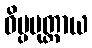
ဝိပ္ပမုတ္တာယ